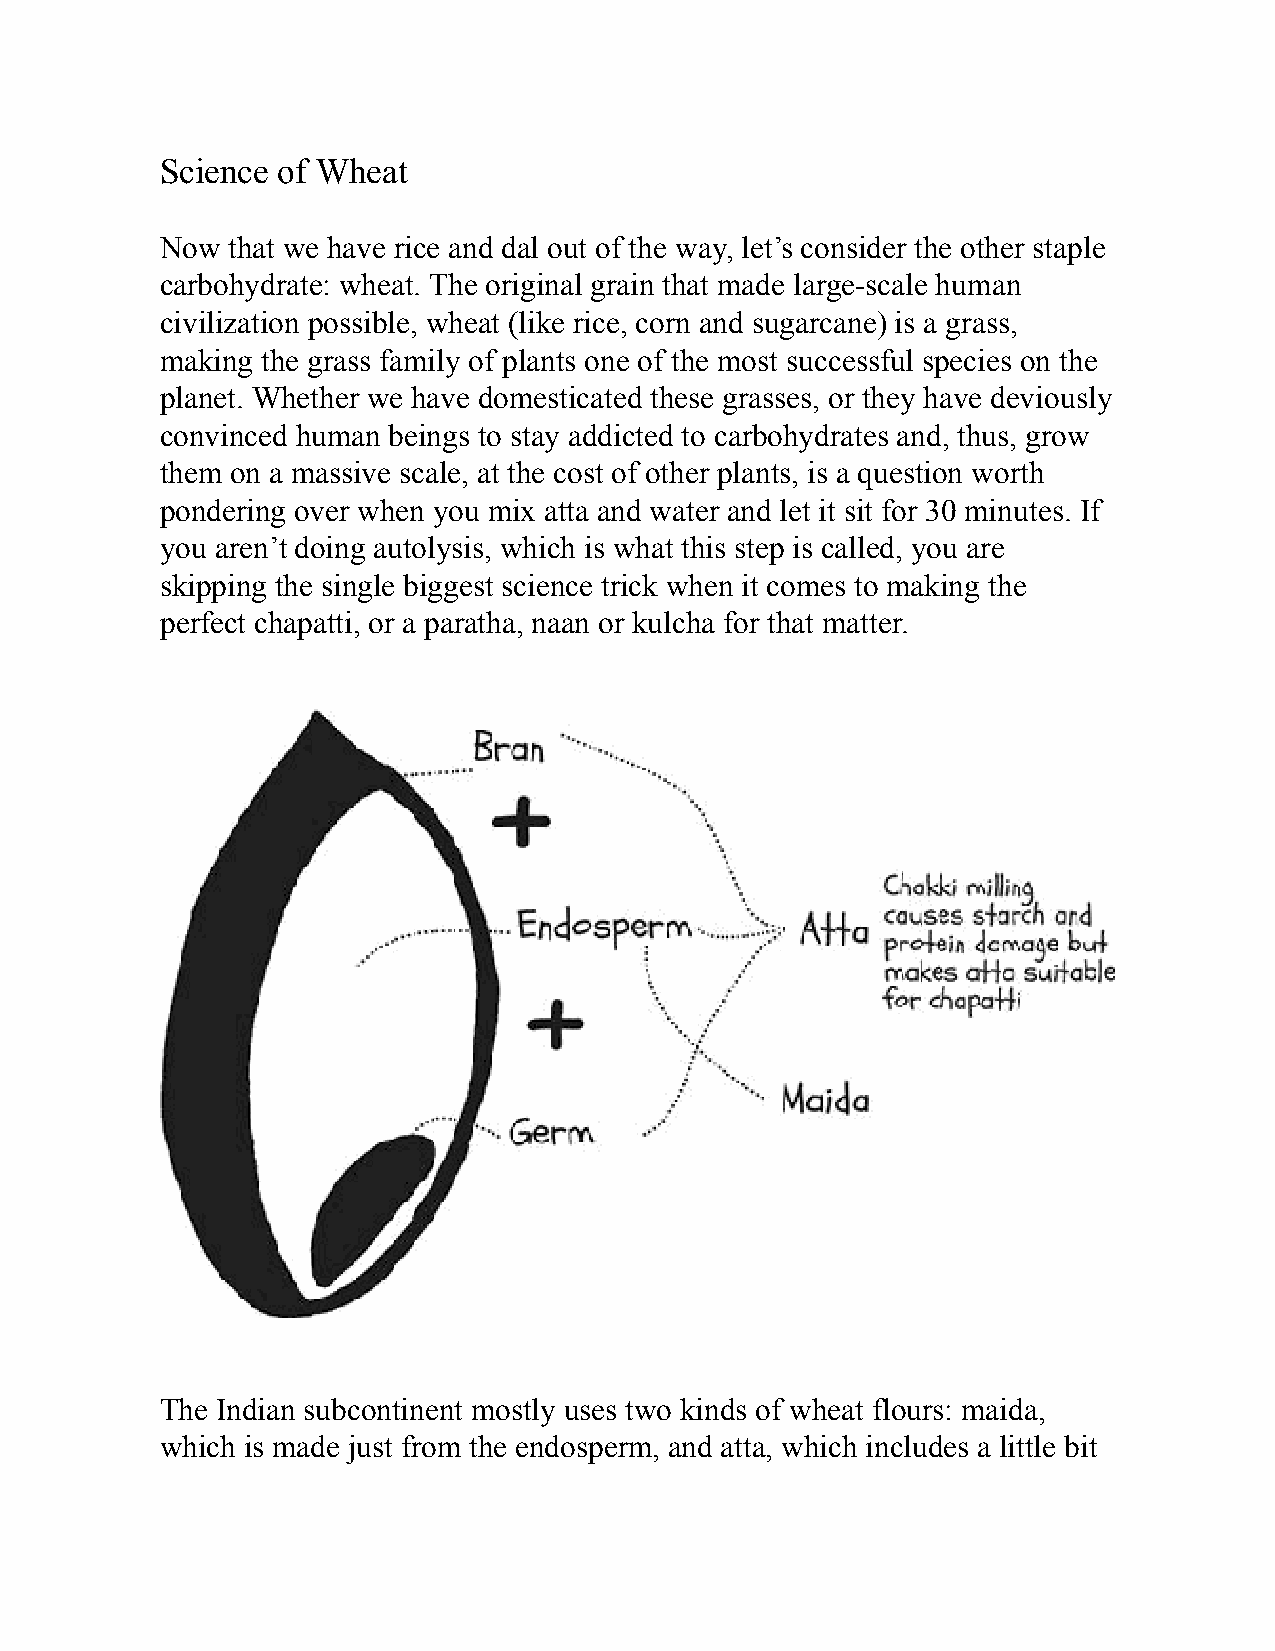
Science of Wheat
 Now that we have rice and dal out of the way, let’s consider the other staple
 carbohydrate: wheat. The original grain that made large-scale human
 civilization possible, wheat (like rice, corn and sugarcane) is a grass,
 making the grass family of plants one of the most successful species on the
 planet. Whether we have domesticated these grasses, or they have deviously
 convinced human beings to stay addicted to carbohydrates and, thus, grow
 them on a massive scale, at the cost of other plants, is a question worth
 pondering over when you mix atta and water and let it sit for 30 minutes. If
 you aren’t doing autolysis, which is what this step is called, you are
 skipping the single biggest science trick when it comes to making the
 perfect chapatti, or a paratha, naan or kulcha for that matter.
 The Indian subcontinent mostly uses two kinds of wheat flours: maida,
 which is made just from the endosperm, and atta, which includes a little bit